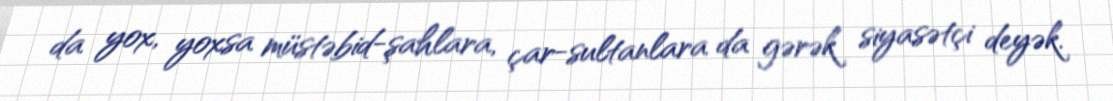
da yox, yoxsa müstəbid-şahlara, çar-sultanlara da gərək siyasətçi deyək.